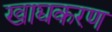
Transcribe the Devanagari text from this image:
खाद्यकरण